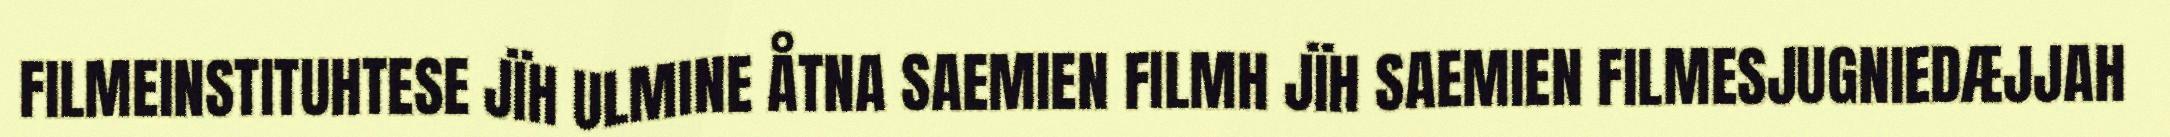
FILMEINSTITUHTESE JÏH ULMINE ÅTNA SAEMIEN FILMH JÏH SAEMIEN FILMESJUGNIEDÆJJAH